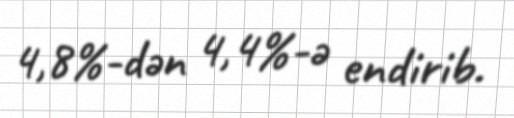
4,8%-dən 4,4%-ə endirib.